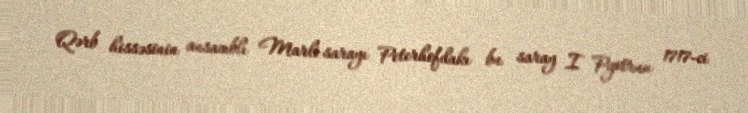
Qərb hissəsinin ansamblı Marli sarayı Peterhofdakı bu saray I Pyotrun 1717-ci